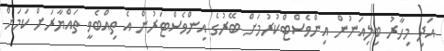
އަދި މިހާރު ބިލިއަނުން އިންވެސްޓްކުރުމަށް ބޭރުގެ އިންވެސްޓަރުން އެ ތިއްބެވީ ތައްޔާރަށް ކަމަށް